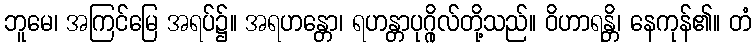
ဘူမေ၊ အကြင်မြေ အရပ်၌။ အရဟန္တော၊ ရဟန္တာပုဂ္ဂိုလ်တို့သည်။ ဝိဟာရန္တိ၊ နေကုန်၏။ တံ